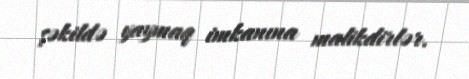
şəkildə yaymaq imkanına malikdirlər.